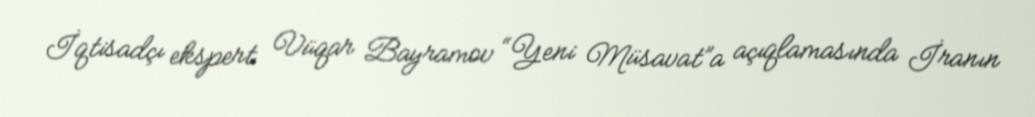
İqtisadçı ekspert Vüqar Bayramov “Yeni Müsavat”a açıqlamasında İranın